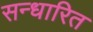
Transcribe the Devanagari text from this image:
सन्धारित